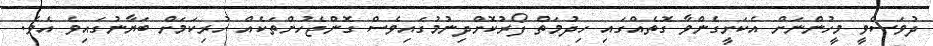
ދުވަސްވީ މީހުންނަށް އެކަށީގެންވާ ގޮތެއްގައި ހިދުމަތް ފޯރުކޮށްދިނުމުގައިވެސް ގޮންޖެހުންތަކެއް ހުރިކަމަށް ބަޔާނުގައިވެ އެވެ.